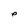
Character: e